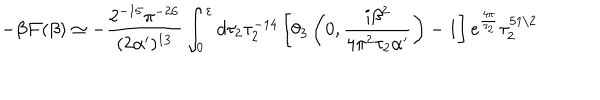
LaTeX: - \beta { \cal F } ( \beta ) \simeq - \frac { 2 ^ { - 1 5 } \pi ^ { - 2 6 } } { ( 2 \alpha ^ { \prime } ) ^ { 1 3 } } \int _ { 0 } ^ { \varepsilon } d \tau _ { 2 } \tau _ { 2 } ^ { - 1 4 } \left[ \theta _ { 3 } \left( 0 , \frac { i \beta ^ { 2 } } { 4 \pi ^ { 2 } \tau _ { 2 } \alpha ^ { \prime } } \right) - 1 \right] e ^ { \frac { 4 \pi } { \tau _ { 2 } } } \tau _ { 2 } ^ { 5 1 / 2 }